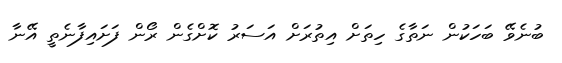
ބުނެވޭ ބަހަކުން ނަތާގެ ހިތަށް އިތުރަށް އަސަރު ކޮށްގެން ރޯން ފަށައިފާނެތީ އޭނާ